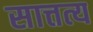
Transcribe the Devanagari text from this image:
सात्तत्य